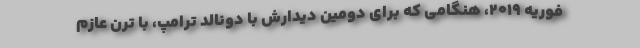
فوریه ۲۰۱۹، هنگامی که برای دومین دیدارش با دونالد ترامپ، با ترن عازم